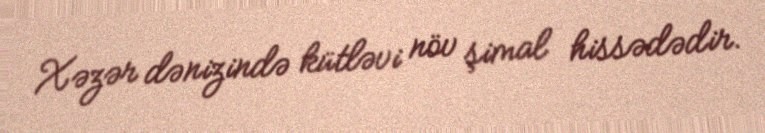
Xəzər dənizində kütləvi növ şimal hissədədir.